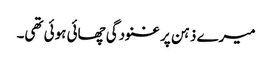
میرے ذہن پر غنودگی چھائی ہوئی تھی۔